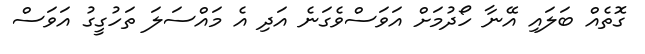
ގޮތެއް ބަލައި އޭނާ ހޯދުމަށް އަވަސްވެގަނެ އަދި އެ މައްސަލަ ތަހުގީގު އަވަސް